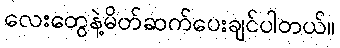
လေးတွေနဲ့မိတ်ဆက်ပေးချင်ပါတယ်။